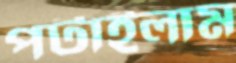
পটাইলাম